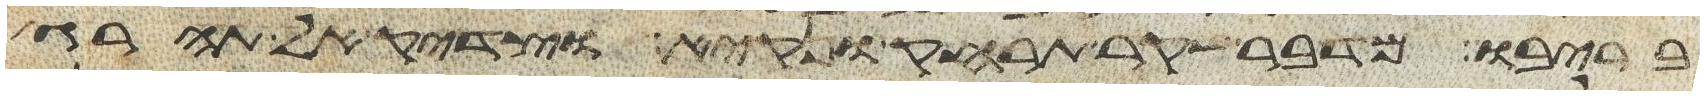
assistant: בריבו מדבר שקר תרחק ונקיא וצדיק אל תהרג